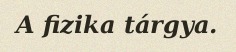
A fizika tárgya.